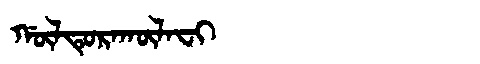
Manchu: ᡤᡡᠯᡨᡠᡵᠠᡴᡡᠯᠠᠸᡳ
Romanization: GŪLTURAKŪLAFI